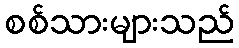
စစ်သားများသည်